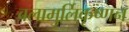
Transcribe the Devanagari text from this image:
बलामुर्लिकृष्णन